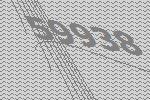
59938